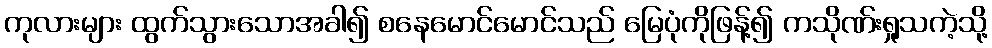
ကုလားများ ထွက်သွားသောအခါ၍ စနေမောင်မောင်သည် မြေပုံကိုဖြန့်၍ ကသိုဏ်းရှုသကဲ့သို့